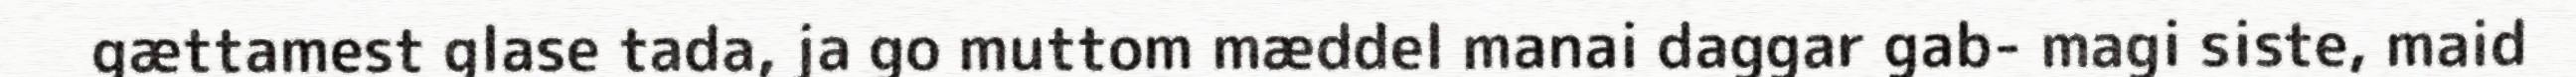
gættamest glase tada, ja go muttom mæddel manai daggar gab- magi siste, maid